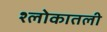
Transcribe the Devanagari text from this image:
श्लोकातली